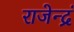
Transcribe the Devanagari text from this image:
राजेन्द्रं